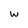
Character: w